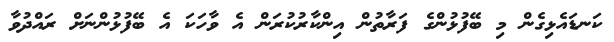
ކަނޑައެޅިގެން މި ބޭފުޅުންގެ ފަރާތުން އިންކާރުކުރަން އެ ވާހަކަ އެ ބޭފުޅުންނަށް ރައްދުވާ